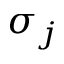
\sigma _ { j }